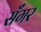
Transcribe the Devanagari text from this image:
सॅंगर